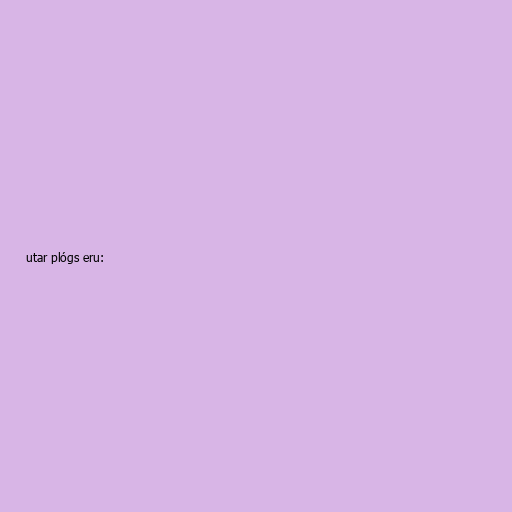
utar plógs eru: